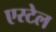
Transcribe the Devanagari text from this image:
एस्टेल